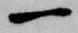
一